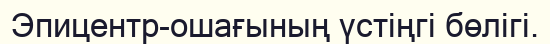
Эпицентр-ошағының үстіңгі бөлігі.